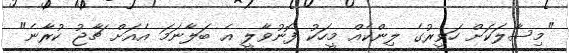
"މިސާލަކަށް ހަވީރުގެ ލިންކެއް މީހަކު ފޮނުވާލީ އެ ބަލާނަމަ އެއަށް ޗާޖު ކުރާނެ"